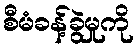
စီမံခန့်ခွဲမှုကို